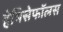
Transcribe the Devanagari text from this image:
हेमिसेफॉलस